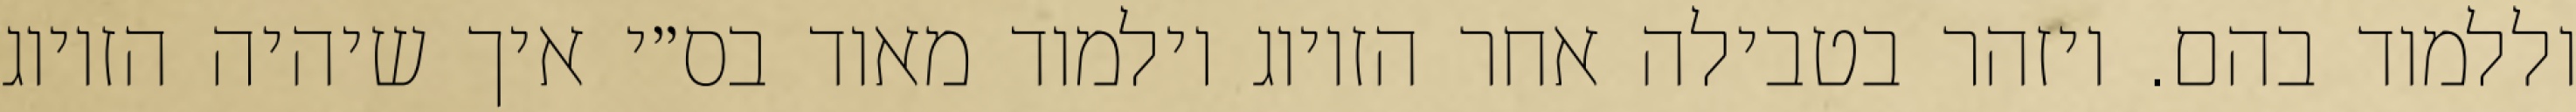
וללמוד בהם. ויזהר בטבילה אחר הזיווג וילמוד מאוד בס״י איך שיהיה הזיווג